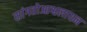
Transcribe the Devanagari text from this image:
सांगतोआश्वलायन